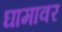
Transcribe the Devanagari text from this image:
घामावर